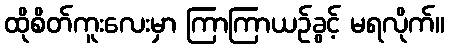
ထိုစိတ်ကူးလေးမှာ ကြာကြာယဉ်ခွင့် မရလိုက်။